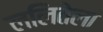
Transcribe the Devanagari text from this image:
ललितेला